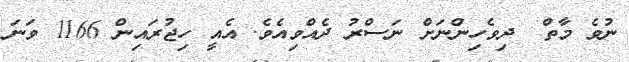
ނުވެ މާތް  ދިވެހިންނަށް ނަސްރު ދެއްވިއެވެ. އެއީ ހިޖުރައިން 1166 ވަނަ